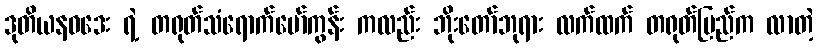
ဒုတိယနဝဒေး ရဲ့ တရုတ်သံရောက်မော်ကွန်း ကလည်း ဘိုးတော်ဘုရား လက်ထက် တရုတ်ပြည်က လာတဲ့